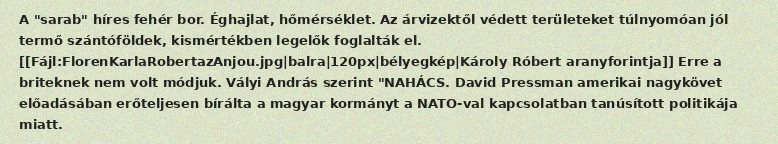
A "sarab" híres fehér bor. Éghajlat, hőmérséklet. Az árvizektől védett területeket túlnyomóan jól termő szántóföldek, kismértékben legelők foglalták el. [[Fájl:FlorenKarlaRobertazAnjou.jpg|balra|120px|bélyegkép|Károly Róbert aranyforintja]] Erre a briteknek nem volt módjuk. Vályi András szerint "NAHÁCS. David Pressman amerikai nagykövet előadásában erőteljesen bírálta a magyar kormányt a NATO-val kapcsolatban tanúsított politikája miatt.